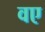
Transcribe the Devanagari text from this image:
वए